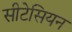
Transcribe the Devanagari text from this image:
सीटेसियन